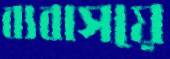
ব্যবাসয়ে